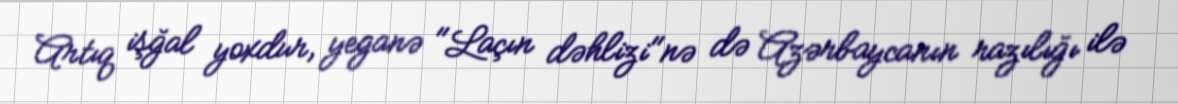
Artıq işğal yoxdur, yeganə "Laçın dəhlizi"nə də Azərbaycanın razılığı ilə